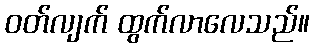
ဝတ်လျက် ထွက်လာလေသည်။